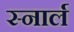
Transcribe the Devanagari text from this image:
स्नार्ल